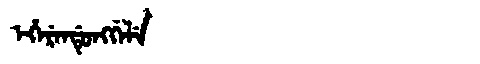
Manchu: ᡝᡥᡝᡵᡝᠨᡩᡠᠩᡤᡝᠯᡝ
Romanization: EHERENDUNGGELE